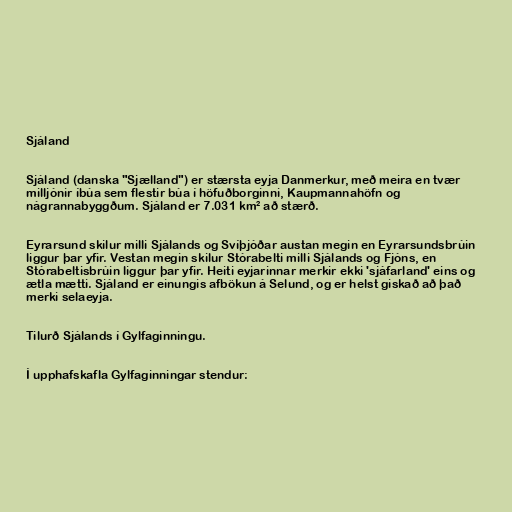
Sjáland

Sjáland (danska "Sjælland") er stærsta eyja Danmerkur, með meira en tvær
milljónir íbúa sem flestir búa í höfuðborginni, Kaupmannahöfn og
nágrannabyggðum. Sjáland er 7.031 km² að stærð.

Eyrarsund skilur milli Sjálands og Svíþjóðar austan megin en Eyrarsundsbrúin
liggur þar yfir. Vestan megin skilur Stórabelti milli Sjálands og Fjóns, en
Stórabeltisbrúin liggur þar yfir. Heiti eyjarinnar merkir ekki 'sjáfarland' eins og
ætla mætti. Sjáland er einungis afbökun á Selund, og er helst giskað að það
merki selaeyja.

Tilurð Sjálands í Gylfaginningu.

Í upphafskafla Gylfaginningar stendur: